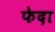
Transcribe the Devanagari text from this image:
फेदा